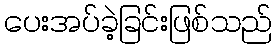
ပေးအပ်ခဲ့ခြင်းဖြစ်သည်